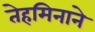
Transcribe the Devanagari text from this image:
तेहमिनाने